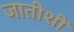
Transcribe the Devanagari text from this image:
जातीशीं